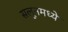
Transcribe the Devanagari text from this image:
सलूनमध्ये